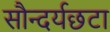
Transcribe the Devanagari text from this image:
सौन्दर्यछटा